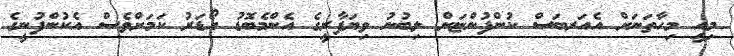
މިއީ މިހާތަނަށް އެއަރބަސް ކުންފުންޏަށް ލިބުނު ވިޔަފާރީގެ އެންމެބޮޑު އޯޑަރު ކަމަށްވެސް އެކުންފުނީގެ